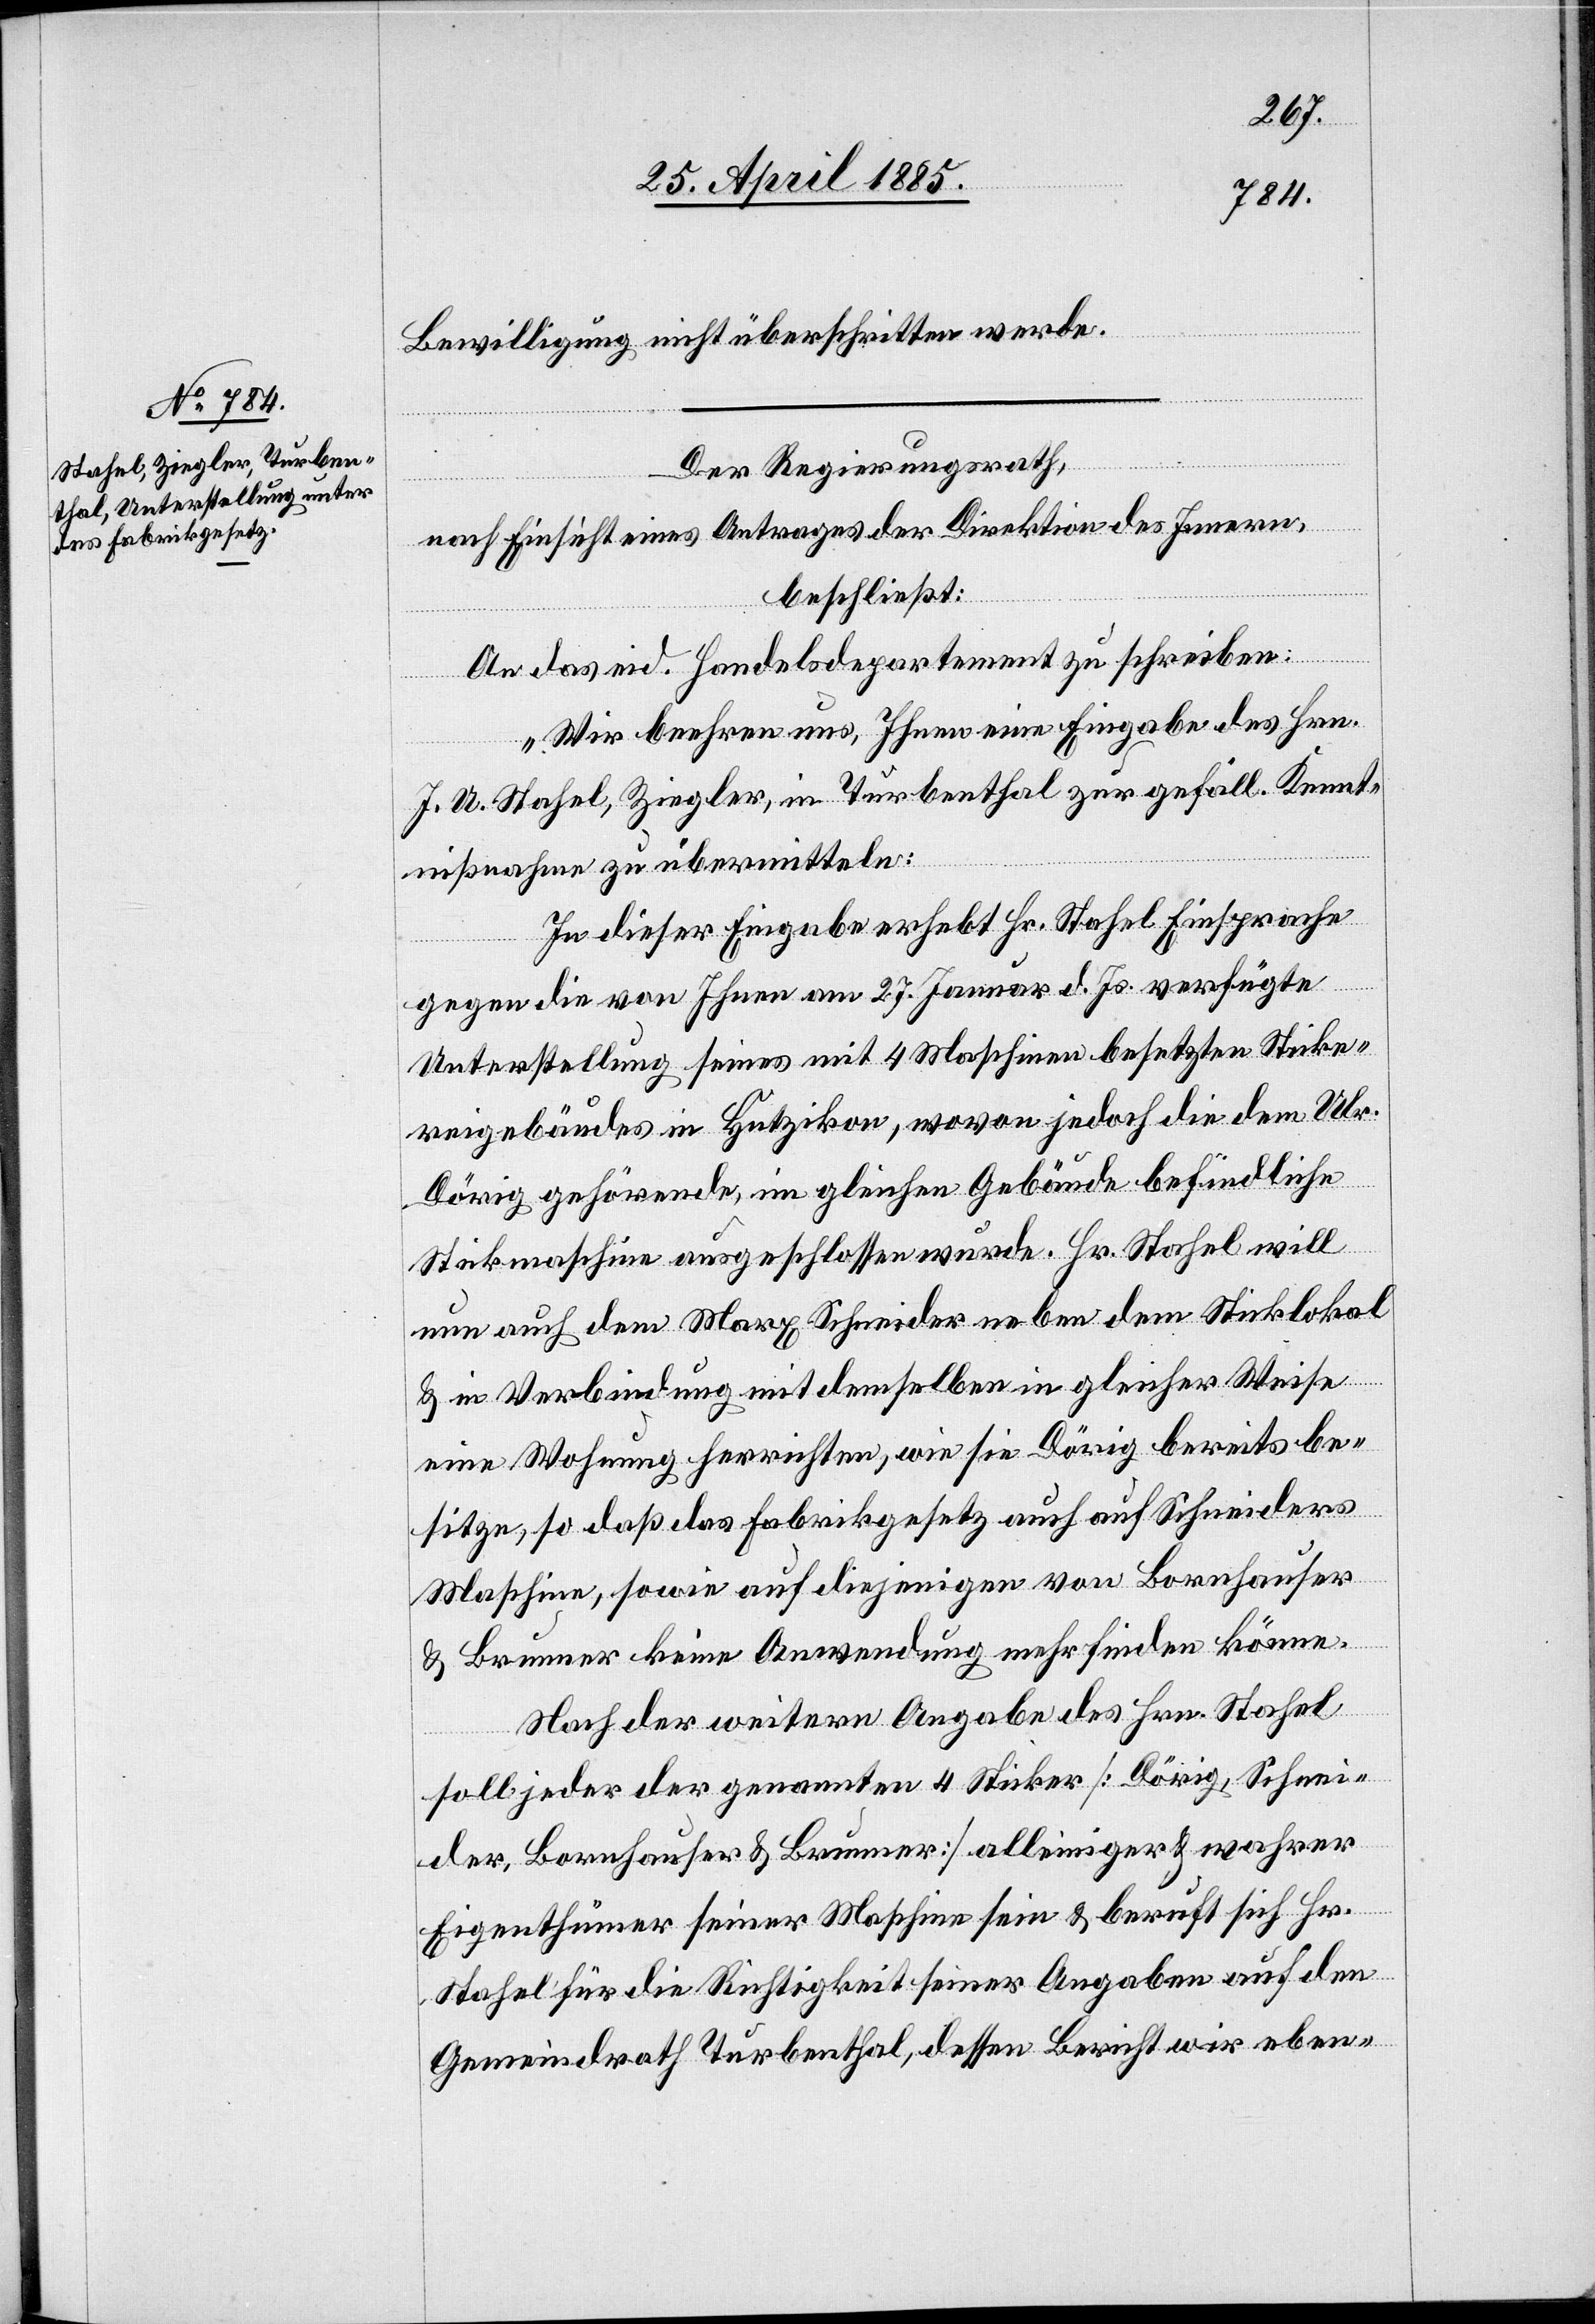
Der Regierungsrath,
nach Einsicht eines Antrages der Direktion des Innern,
beschließt:
ten werde.
An das eid. Handelsdepartement zu schreiben:
„Wir beehren uns, Ihnen eine Eingabe des Hrn.
J. U. Stahel, Ziegler, in Turbenthal zur gefäll. Kennt¬
nißnahme zu übermitteln:
In dieser Eingabe erhebt Hr. Stahel Einsprache
gegen die von Ihnen am 27. Januar d. Js. verfügte
Unterstellung seines mit 4 Maschinen besetzten Sticke¬
reigebäudes in Hutzikon, wovon jedoch die dem Ulr.
Dörig gehörende, im gleichen Gebäude befindliche
Sickmaschine ausgeschlossen wurde. Hr. Stahel will
nun auch dem Maxy Schneider neben dem Sticklokal
& in Verbindung mit demselben in gleicher Weise
eine Wohnung herrichten, wie sie Dörig bereits be¬
sitze, so daß das Fabrikgesetz auch auf Schneiders
Maschine, sowie auf diejenigen von Bornhauser
& Brunner keine Anwendung mehr finden könne.
Nach der weitern Angabe des Hrn. Stahel
soll jeder der genannten 4 Sticker [Dörig, Schnei¬
der, Bornhauser & Brunner] alleiniger & wahrer
Eigenthümer seiner Maschine sein & beruft sich Hr.
Stahel für die Richtigkeit seiner Angaben auf den
Gemeindrath Turbenthal, dessen Bericht wir eben-